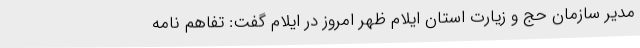
مدیر سازمان حج و زیارت استان ایلام ظهر امروز در ایلام گفت: تفاهم نامه